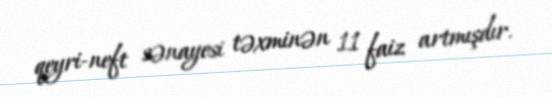
qeyri-neft sənayesi təxminən 11 faiz artmışdır.